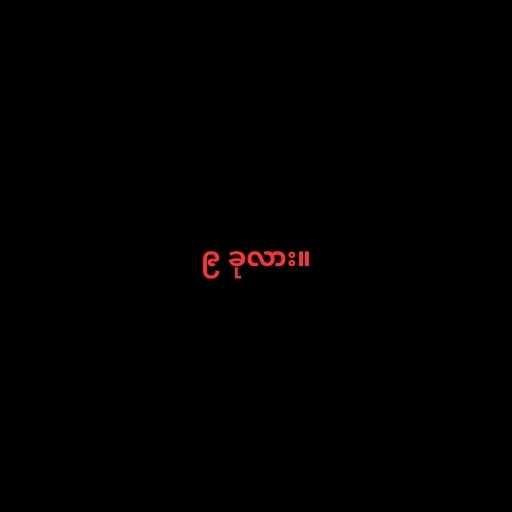
၉ ခုလား။